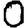
Digit: 0